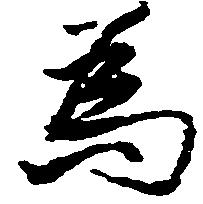
為